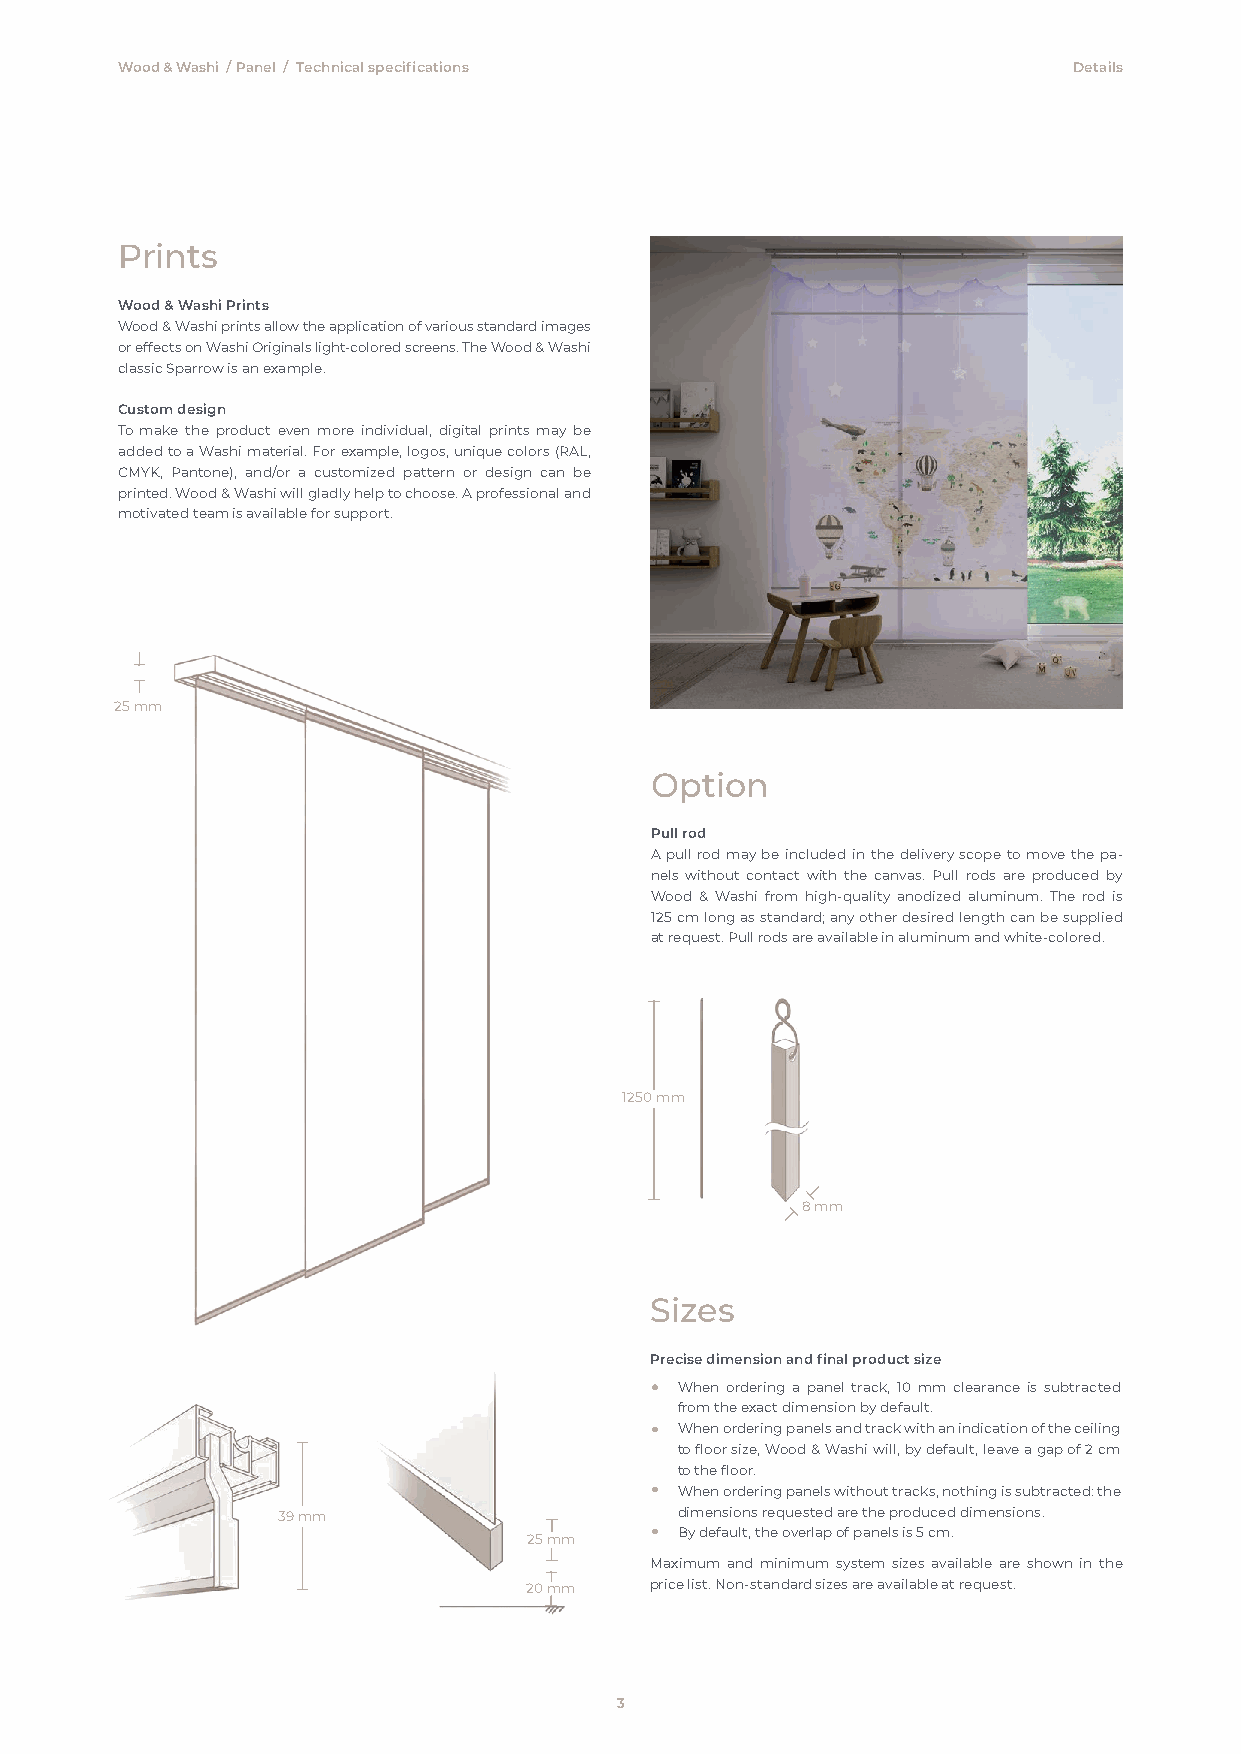
Wood & Washi /Panel / Technical specifications                 Details
 Prints
 Wood & Washi Prints
 Wood & Washi prints allow the application of various standard images
 or effects on Washi Originals light-colored screens. The Wood & Washi
 classic Sparrow is an example.
 Custom design
 To make the product even more individual, digital prints may be
 added to a Washi material. For example, logos, unique colors (RAL,
 CMYK, Pantone), and/or a customized pattern or design can be
 printed. Wood & Washi will gladly help to choose. A professional and
 motivated team is available for support.
 25 mm
 Option
 Pull rod
 A pull rod may be included in the delivery scope to move the pa-
 nels without contact with the canvas. Pull rods are produced by
 Wood & Washi from high-quality anodized aluminum. The rod is
 125 cm long as standard; any other desired length can be supplied
 at request. Pull rods are available in aluminum and white-colored.
 1250 mm
 8 mm
 Sizes
 Precise dimension and final product size
 When ordering a panel track, 10 mm clearance is subtracted
 from the exact dimension by default.
 When ordering panels and track with an indication of the ceiling
 to floor size, Wood & Washi will, by default, leave a gap of 2 cm
 to the floor.
 When ordering panels without tracks, nothing is subtracted: the
 39 mm                      dimensions requested are the produced dimensions.
 By default, the overlap of panels is 5 cm.
 25 mm
 Maximum and minimum system sizes available are shown in the
 20 mm   price list. Non-standard sizes are available at request.
 3